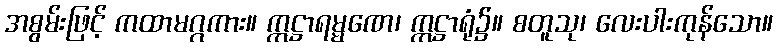
အစွမ်းဖြင့် ကထာမဂ္ဂကား။ ဣဋ္ဌာရမ္မဏေ၊ ဣဋ္ဌာရုံ၌။ စတူသု၊ လေးပါးကုန်သော။